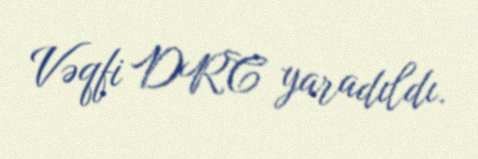
Vəqfi DRC yaradıldı.